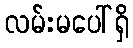
လမ်းမပေါ်ရှိ